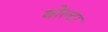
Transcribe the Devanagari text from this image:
बोल्टा